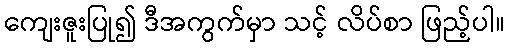
ကျေးဇူးပြု၍ ဒီအကွက်မှာ သင့် လိပ်စာ ဖြည့်ပါ။